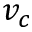
v _ { c }